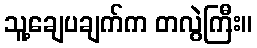
သူ့ချေပချက်က တလွဲကြီး။